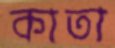
কাতা